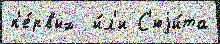
п'е́рвых  и́л'и С'юjи́та